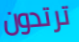
ترتدون